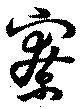
寮